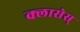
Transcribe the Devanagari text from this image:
क्लासेस्